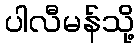
ပါလီမန်သို့